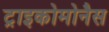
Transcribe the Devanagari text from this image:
ट्राइकोमोनैस